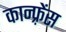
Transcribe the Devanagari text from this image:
कान्फ़्रेंस